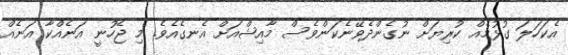
އެކަހަލަ ގުޅުމެއް ކުރިޔަށް ނުގެންދެވޭނެކަންވެސް މާއިޝްއަށް އެނގެއެވެ. މި ޖެހުނީ އަނެއްކާ އަނެއް